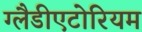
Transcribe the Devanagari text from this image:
ग्लैडीएटोरियम